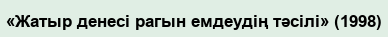
«Жатыр денесі рагын емдеудің тәсілі» (1998)